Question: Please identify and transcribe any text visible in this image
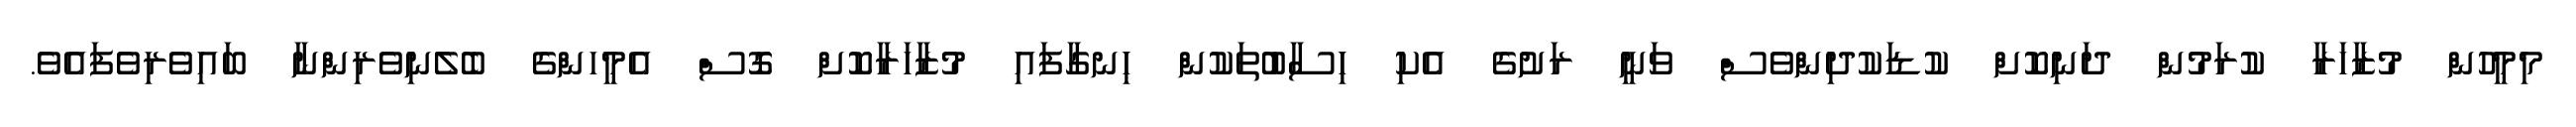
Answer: މިމީހުން މުޒާހަރާ ކުރަމުން ދަނިކޮށް ކުޑަކުދިންވެސް ވަނީ ރަށުގެ އެކި ހިސާބުތަކުން ހިނގާފައި މުޒާހަރާކޮށް ގޮސް އެމީހންގެ ބެލެނިވެރިންނާ ބައިވެރިވެފައެވެ.